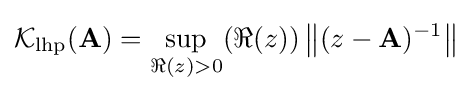
{\mathcal {K}}_{\textrm {lhp}}(\mathbf {A} )=\sup _{\Re (z)>0}(\Re (z))\left\|(z-\mathbf {A} )^{-1}\right\|